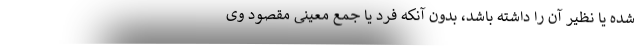
شده یا نظیر آن را داشته باشد، بدون آنکه فرد یا جمع معینی مقصود وی